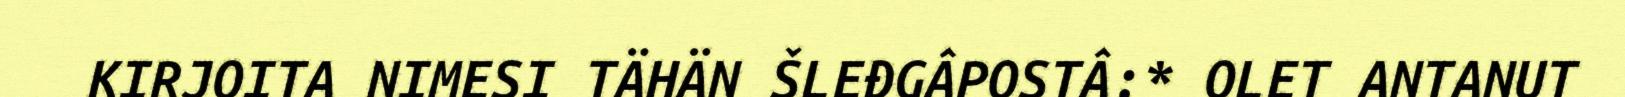
KIRJOITA NIMESI TÄHÄN ŠLEĐGÂPOSTÂ:* OLET ANTANUT